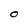
Character: O